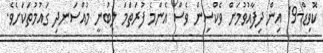
ކޮވިޑް-19 އިން ދިފާއުވުމަށް ވެކްސިން ވެސް އެންމެ ފުރަތަމަ ލިބުނީ މުއްސަނދި ގައުމުތަކަށެވެ.